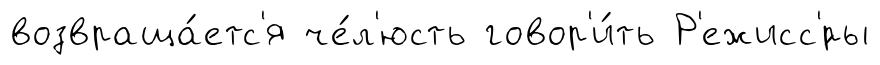
возвраща́етс'я че́л'юсть говор'и́ть Р'ежисс'́ры